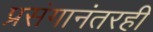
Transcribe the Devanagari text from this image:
प्रसंगानंतरही